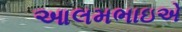
આલમભાઇએ